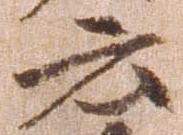
云